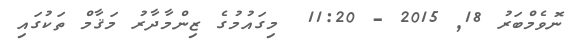
ނޮވެމްބަރު 18